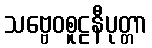
သဗ္ဗေဝစူဠနီပုတ္တာ